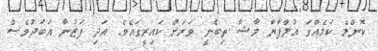
ކޮންމެ ކަމެއްގަ އުލްފާޔާ މާޝާ ތިބެނީ ވަރަށް ކައިރީގައެވެ. އަދި ފަޒުނާ އަބަދުވެސް